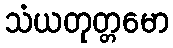
သံယတုတ္တမော